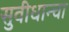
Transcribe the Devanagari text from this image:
सुवीधान्चा